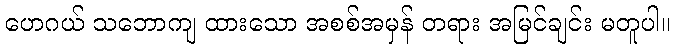
ဟေဂယ် သဘောကျ ထားသော အစစ်အမှန် တရား အမြင်ချင်း မတူပါ။